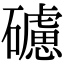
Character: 𥖼